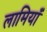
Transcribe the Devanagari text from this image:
लामियाँ